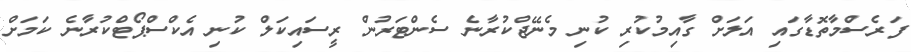
ފަރެސްމާތޮޑާގައި އަލަށް ގާއިމުކުރި ކުނި މެނޭޖްކުރާނެ ސެންޓަރުން ރީސައިކަލް ކުނި އެކްސްޕޯޓްކުރާނެ ކަމަށް